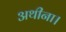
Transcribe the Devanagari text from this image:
अथीना।